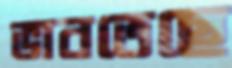
ভাবতেছে